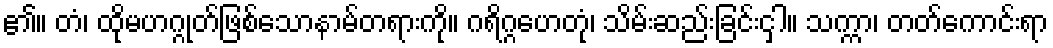
၏။ တံ၊ ထိုမဟဂ္ဂုတ်ဖြစ်သောနာမ်တရားကို။ ဂရိဂ္ဂဟေတုံ၊ သိမ်းဆည်းခြင်းငှါ။ သက္ကာ၊ တတ်ကောင်းရာ